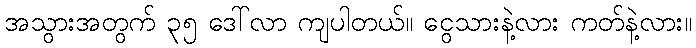
အသွားအတွက် ၃၅ ဒေါ်လာ ကျပါတယ်။ ငွေသားနဲ့လား ကတ်နဲ့လား။